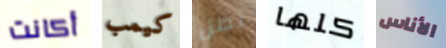
أكانت كيمب تطل كلها الأناس